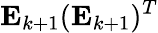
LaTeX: \mathbf{E}_{k+1}(\mathbf{E}_{k+1})^{T}